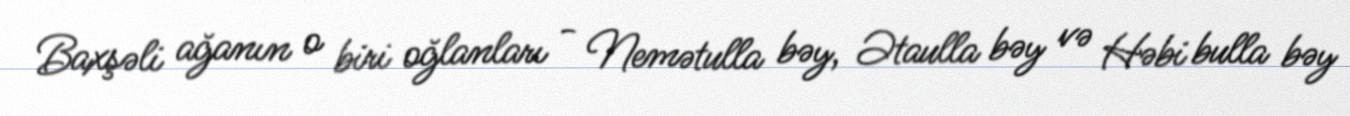
Baxşəli ağanın o biri oğlanları - Nemətulla bəy, Ətaulla bəy və Həbi bulla bəy